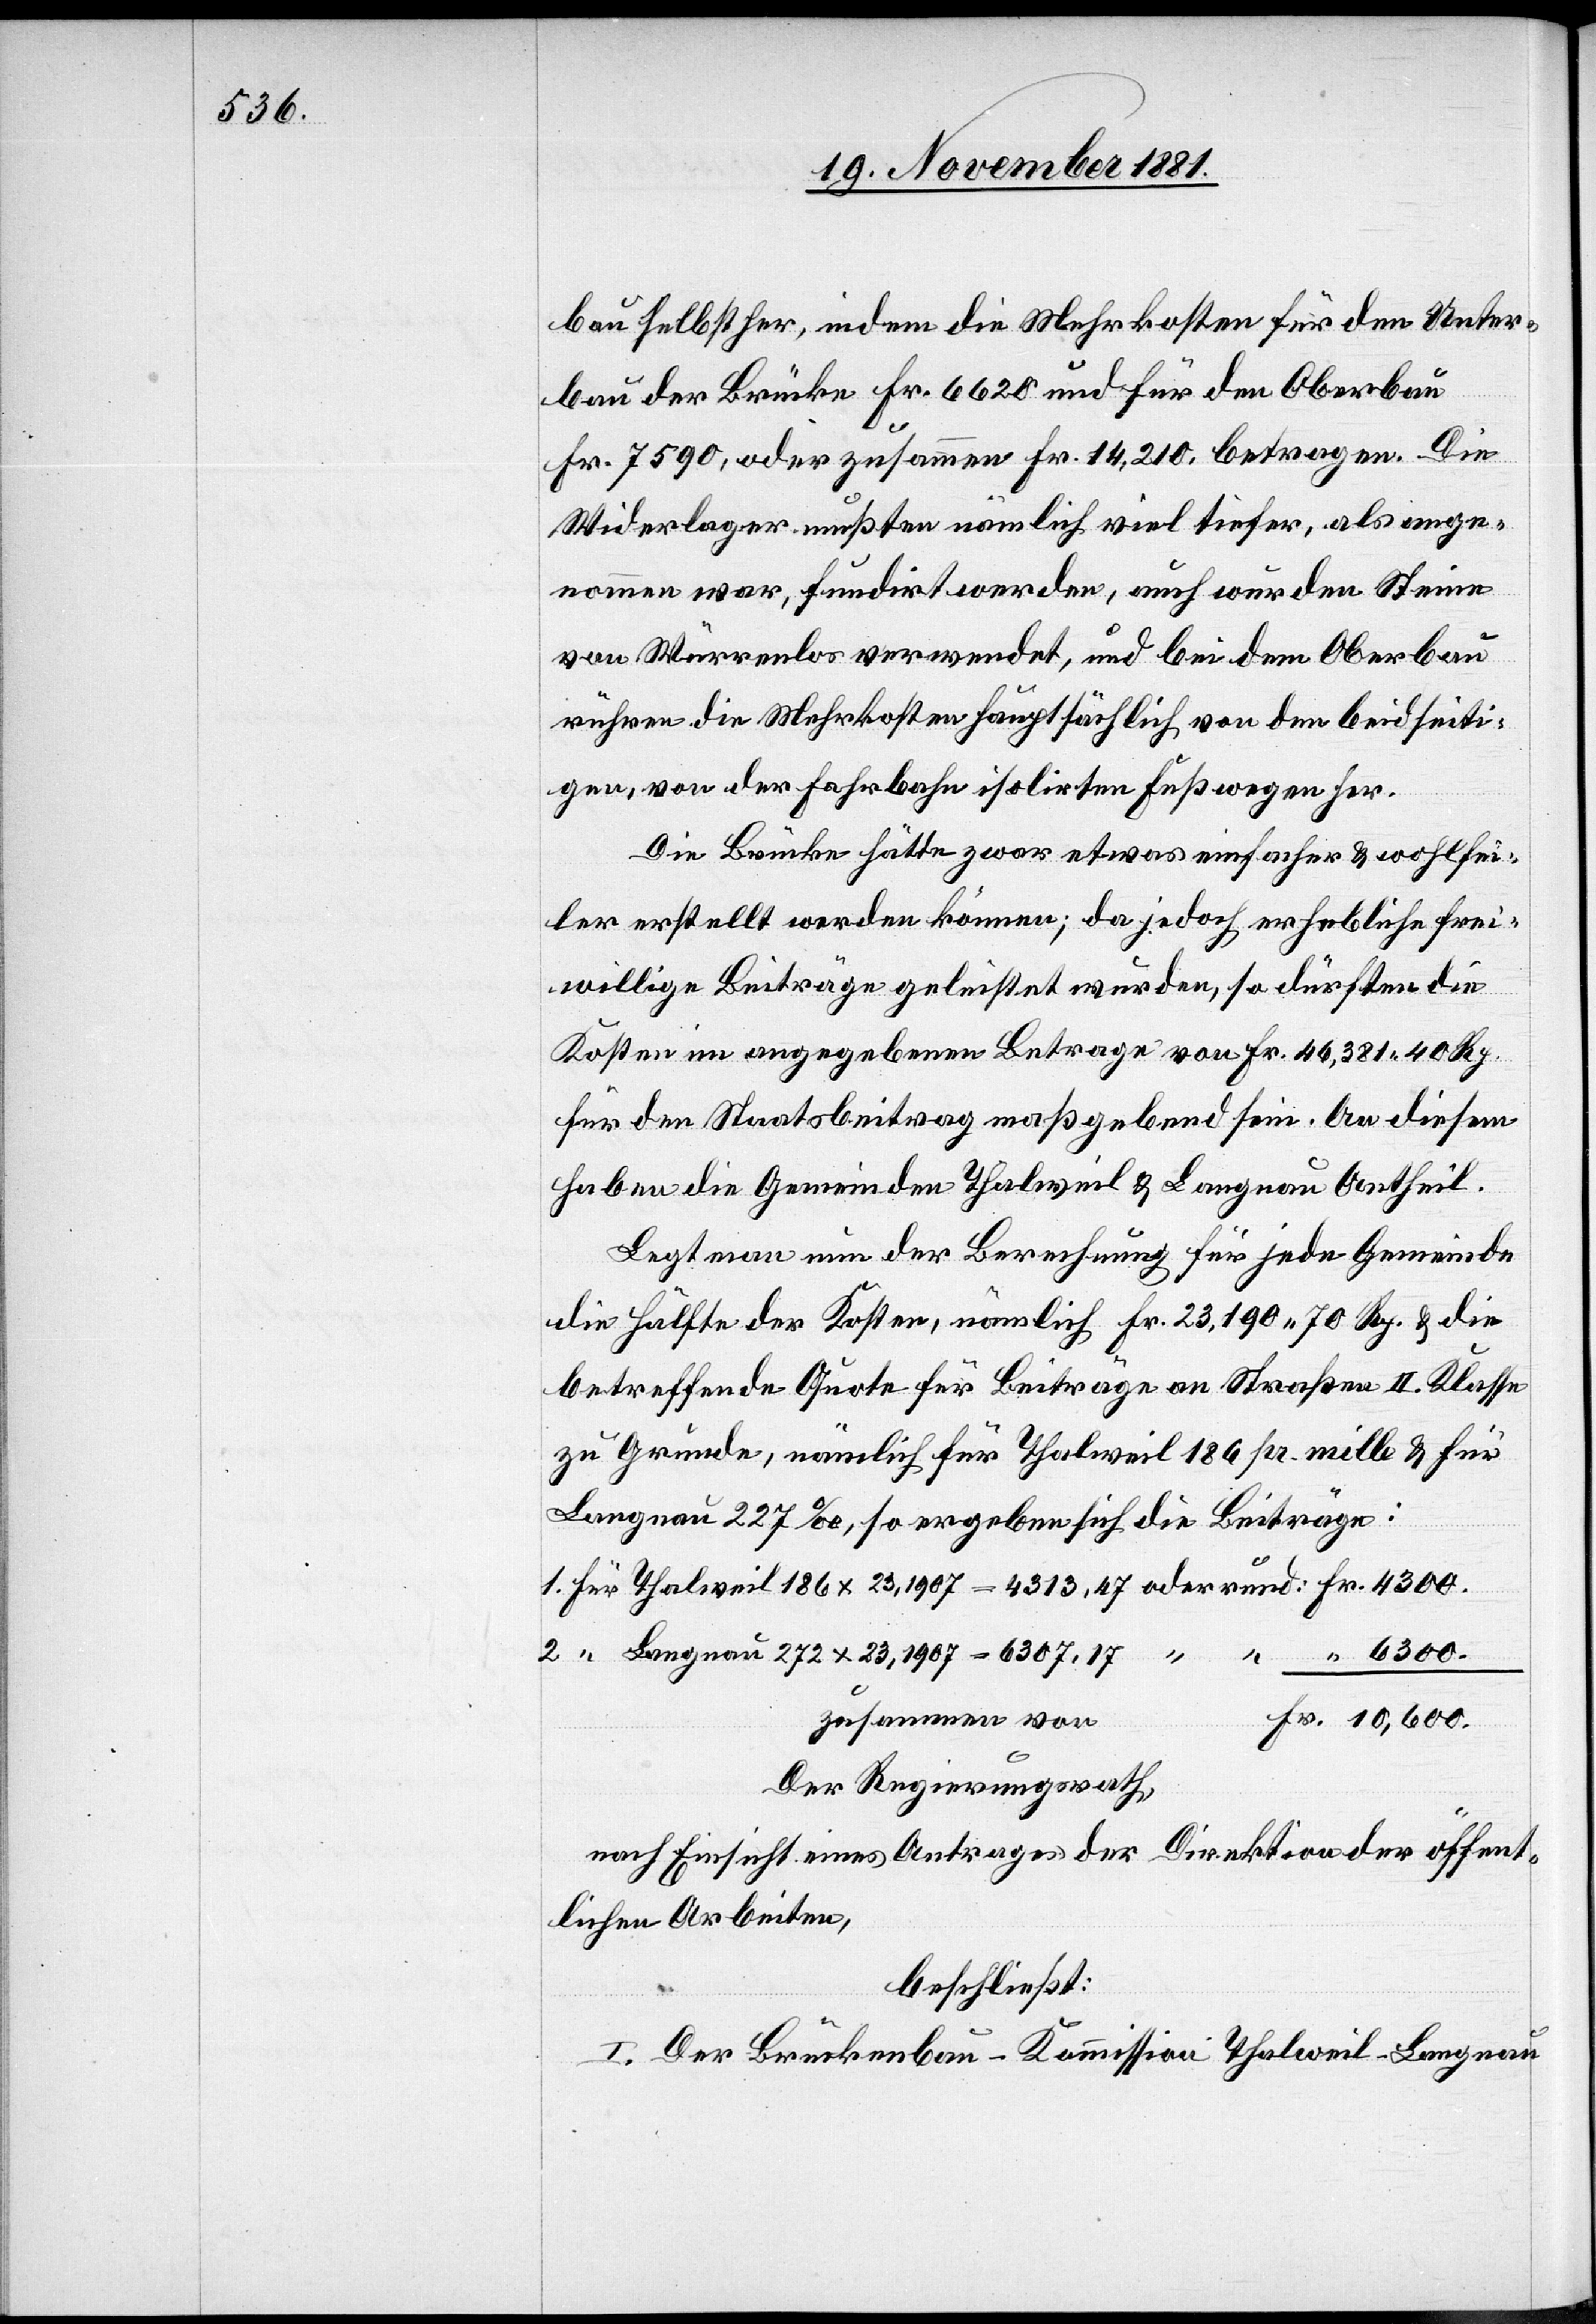
6300.

bau selbst her, indem die Mehrkosten für den Unter¬
bau der Brücke Fr. 6620 und für den Oberbau
Fr. 7590, oder zusammen Fr. 14,210. betragen. Die
Widerlager mußten nämlich viel tiefer, als ange¬
nommen war, fundirt werden, auch wurden Steine
von Würrenlos verwendet, und bei dem Oberbau
rühren die Mehrkosten hauptsächlich von den beidseiti¬
gen, von der Fahrbahn isolirten Fußwegen her.
Die Brücke hätte zwar etwas einfacher & wohlfei¬
ler erstellt werden können; da jedoch erhebliche frei¬
willige Beiträge geleistet wurden, so dürften die
Kosten im angegebenen Betrage von Fr. 46,381 40 Rp.
für den Staatsbeitrag maßgebend sein. An diesem
haben die Gemeinden Thalweil & Langnau Antheil.
Legt man nun der Berechnung für jede Gemeinde
die Hälfte der Kosten, nämlich Fr. 23,190 70 Rp. & die
betreffende Quote für Beiträge an Straßen II. Klasse
zu Grunde, nämlich für Thalweil 186 pr. mille & für
Langnau 227‰, so ergeben sich die Beiträge:
1. für Thalweil 186 x 23,1907 = 4313,47 oder rund:	Fr. 4300.
2. “ Langnau 272 x 23,1907 = 6307,17
Der Regierungsrath,
nach Einsicht eines Antrages der Direktion der öffent¬
lichen Arbeiten,
beschließt:
I. Der Brückenbau-Kommission Thalweil-Langnau